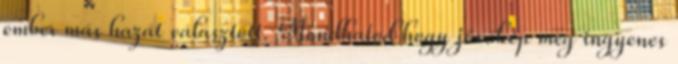
ember más hazát választott. Mondhatod hogy jövőkép meg ingyenes